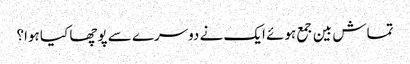
تماش بین جمع ہوئے ایک نے دوسرے سے پوچھا کیا ہوا؟